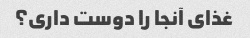
غذای آنجا را دوست داری؟